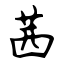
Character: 茜